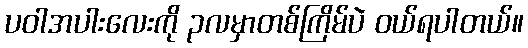
ပဝါအပါးလေးကို ၃လမှာတစ်ကြိမ်ပဲ ဝယ်ရပါတယ်။